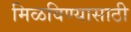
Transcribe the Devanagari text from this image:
मिळविण्‍यासाठी